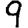
Digit: 9